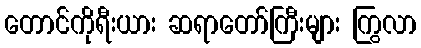
တောင်ကိုရီးယား ဆရာတော်ကြီးများ ကြွလာ